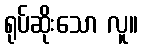
ရုပ်ဆိုးသော လူ။